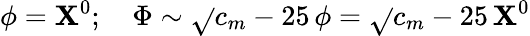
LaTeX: \phi=\mathbf{X}^{0};\quad\Phi\sim\sqrt{}{{c_{m}-25}}\, \phi=\sqrt{}{{c_{m}-25}}\, \mathbf{X}^{0}